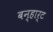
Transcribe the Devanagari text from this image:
बन्हार्ट